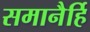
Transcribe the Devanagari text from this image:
समानैर्हि